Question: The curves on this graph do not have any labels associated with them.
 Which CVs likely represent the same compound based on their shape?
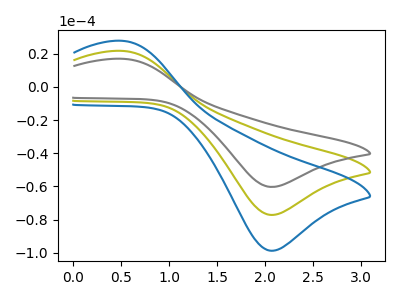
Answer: <think>The olive curve "olive" has an anodic peak at (0.55V, 21.65uA) and a cathodic peak at (2.10V, -77.15uA). The gray curve "gray" has an anodic peak at (0.55V, 43.30uA) and a cathodic peak at (2.10V, -154.25uA). The blue curve "blue" has an anodic peak at (0.55V, 27.70uA) and a cathodic peak at (2.10V, -98.70uA).
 All the peaks in "olive" have a peak in "gray" at the same potential. Every peak in "olive" is lower than every peak in "gray". All the peaks in "olive" have a peak in "blue" at the same potential. Every peak in "olive" is lower than every peak in "blue". All the peaks in "gray" have a peak in "blue" at the same potential. Every peak in "gray" is higher than every peak in "blue".</think>
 <answer>"blue", "olive" and "gray" have the same shape and are likely CV's of the same chemical.</answer>
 <eval>"blue" "olive" "gray"</eval>